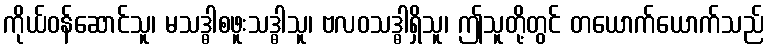
ကိုယ်ဝန်ဆောင်သူ၊ မသဒ္ဓါစဖူးသဒ္ဓါသူ၊ ဗလဝသဒ္ဓါရှိသူ၊ ဤသူတို့တွင် တယောက်ယောက်သည်